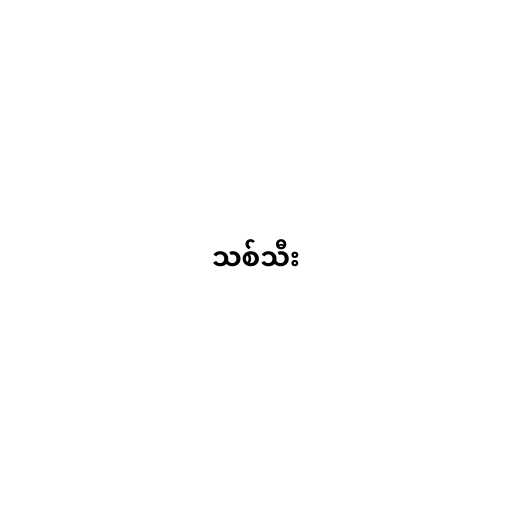
သစ်သီး